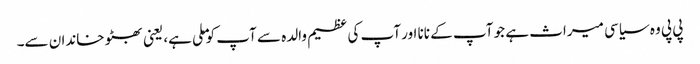
پی پی وہ سیاسی میراث ہے جو آپ کے نانا اور آپ کی عظیم والدہ سے آپ کو ملی ہے، یعنی بھٹو خاندان سے۔